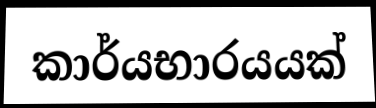
කාර්යභාරයයක්